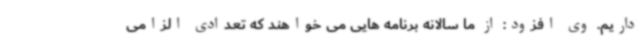
داریم. وی افزود: از ما سالانه برنامه هایی می خواهند که تعدادی الزامی